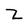
Character: Z